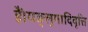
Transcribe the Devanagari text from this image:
हैं।यङ्लुगादिवृत्ति